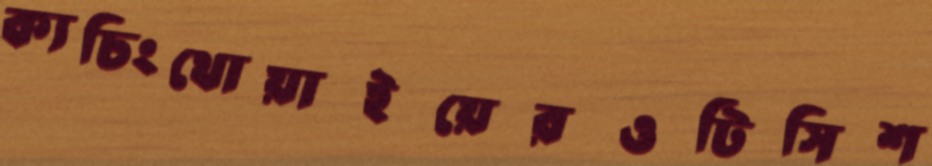
ক্যচিংথোয়াইয়েরওটিসিশ